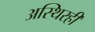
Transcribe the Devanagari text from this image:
अस्थिरही